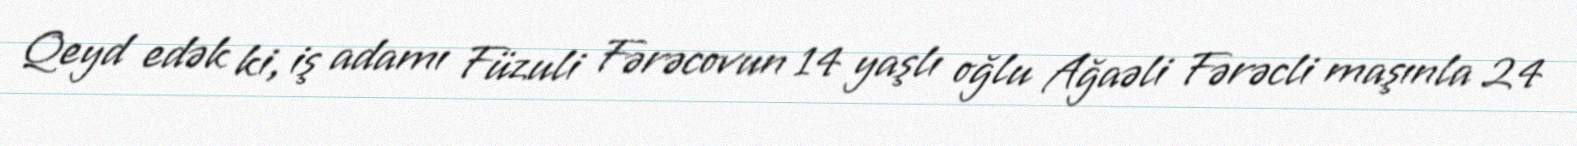
Qeyd edək ki, iş adamı Füzuli Fərəcovun 14 yaşlı oğlu Ağaəli Fərəcli maşınla 24